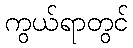
ကွယ်ရာတွင်